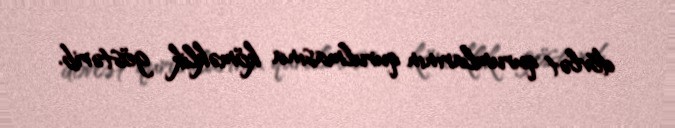
dövlət qurumlarının qurulmasına köməklik göstərib.